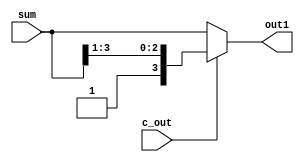
`timescale 1ns / 1ps
//////////////////////////////////////////////////////////////////////////////////
// Company: 
// Engineer: 
// 
// Design Name: 
// Module Name: Quantization
// Project Name: 
// Target Devices: 
// Tool Versions: 
// Description: 
// 
// Dependencies: 
// 
// Revision:
// Revision 0.01 - File Created
// Additional Comments:
// 
//////////////////////////////////////////////////////////////////////////////////


module Quantization(
    sum, c_out,
    out1
);
    
input [3:0] sum; //4bit  
input c_out; //  
output reg [3:0] out1; //4bit output

initial begin //
    out1 = 4'b0000;
end

always @(*) begin
    //c_out   out1  
    if(c_out == 0) out1 <= sum;
    else out1 <= {c_out, sum[3:1]}; //concat + slice
end
    
endmodule